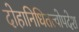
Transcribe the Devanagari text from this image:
दोहानिधितत्वोपदेश